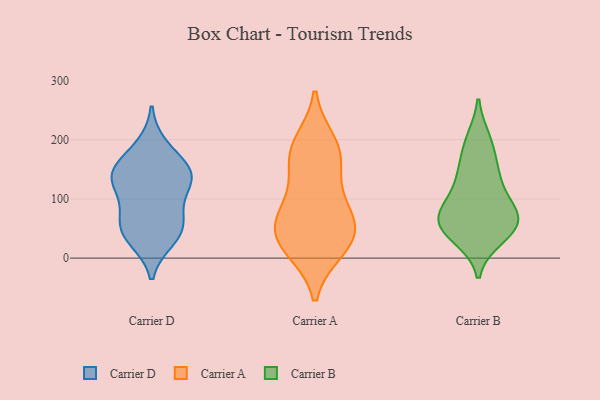
{"axis": {"x": "Website Visitors", "y": "Value"}, "legend": ["Carrier A", "Carrier B", "Carrier D"], "data": [{"x": "", "y": 33, "type": "Carrier D"}, {"x": "", "y": 58, "type": "Carrier D"}, {"x": "", "y": 188, "type": "Carrier D"}, {"x": "", "y": 43, "type": "Carrier D"}, {"x": "", "y": 152, "type": "Carrier D"}, {"x": "", "y": 133, "type": "Carrier D"}, {"x": "", "y": 130, "type": "Carrier D"}, {"x": "", "y": 142, "type": "Carrier D"}, {"x": "", "y": 55, "type": "Carrier D"}, {"x": "", "y": 93, "type": "Carrier D"}, {"x": "", "y": 143, "type": "Carrier D"}, {"x": "", "y": 71, "type": "Carrier A"}, {"x": "", "y": 179, "type": "Carrier A"}, {"x": "", "y": 69, "type": "Carrier A"}, {"x": "", "y": 195, "type": "Carrier A"}, {"x": "", "y": 153, "type": "Carrier A"}, {"x": "", "y": 56, "type": "Carrier A"}, {"x": "", "y": 24, "type": "Carrier A"}, {"x": "", "y": 107, "type": "Carrier A"}, {"x": "", "y": 21, "type": "Carrier A"}, {"x": "", "y": 47, "type": "Carrier A"}, {"x": "", "y": 15, "type": "Carrier A"}, {"x": "", "y": 179, "type": "Carrier A"}, {"x": "", "y": 76, "type": "Carrier B"}, {"x": "", "y": 141, "type": "Carrier B"}, {"x": "", "y": 96, "type": "Carrier B"}, {"x": "", "y": 73, "type": "Carrier B"}, {"x": "", "y": 151, "type": "Carrier B"}, {"x": "", "y": 192, "type": "Carrier B"}, {"x": "", "y": 58, "type": "Carrier B"}, {"x": "", "y": 75, "type": "Carrier B"}, {"x": "", "y": 53, "type": "Carrier B"}, {"x": "", "y": 126, "type": "Carrier B"}, {"x": "", "y": 41, "type": "Carrier B"}, {"x": "", "y": 200, "type": "Carrier B"}, {"x": "", "y": 35, "type": "Carrier B"}, {"x": "", "y": 58, "type": "Carrier B"}]}